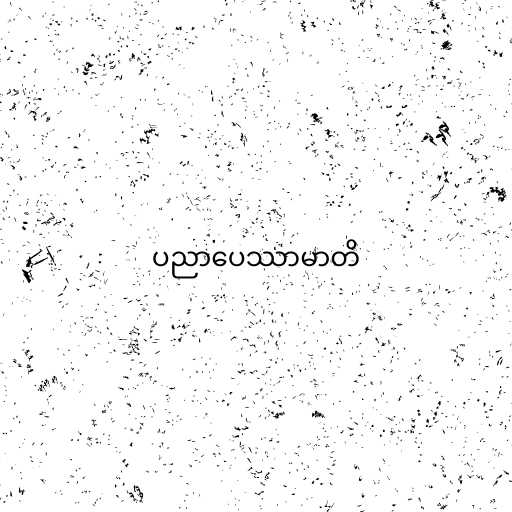
ပညာပေဿာမာတိ